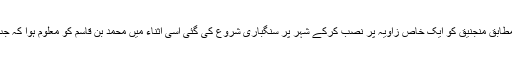
آخر کار حجاج بن یوسف کی ہدایت کے مطابق منجنیق کو ایک خاص زاویہ پر نصب کرکے شہر پر سنگباری شروع کی گئی اسی اثناء میں محمد بن قاسم کو معلوم ہوا کہ جب تک شہر کے وسط کا گنبد محفوظ ہے۔